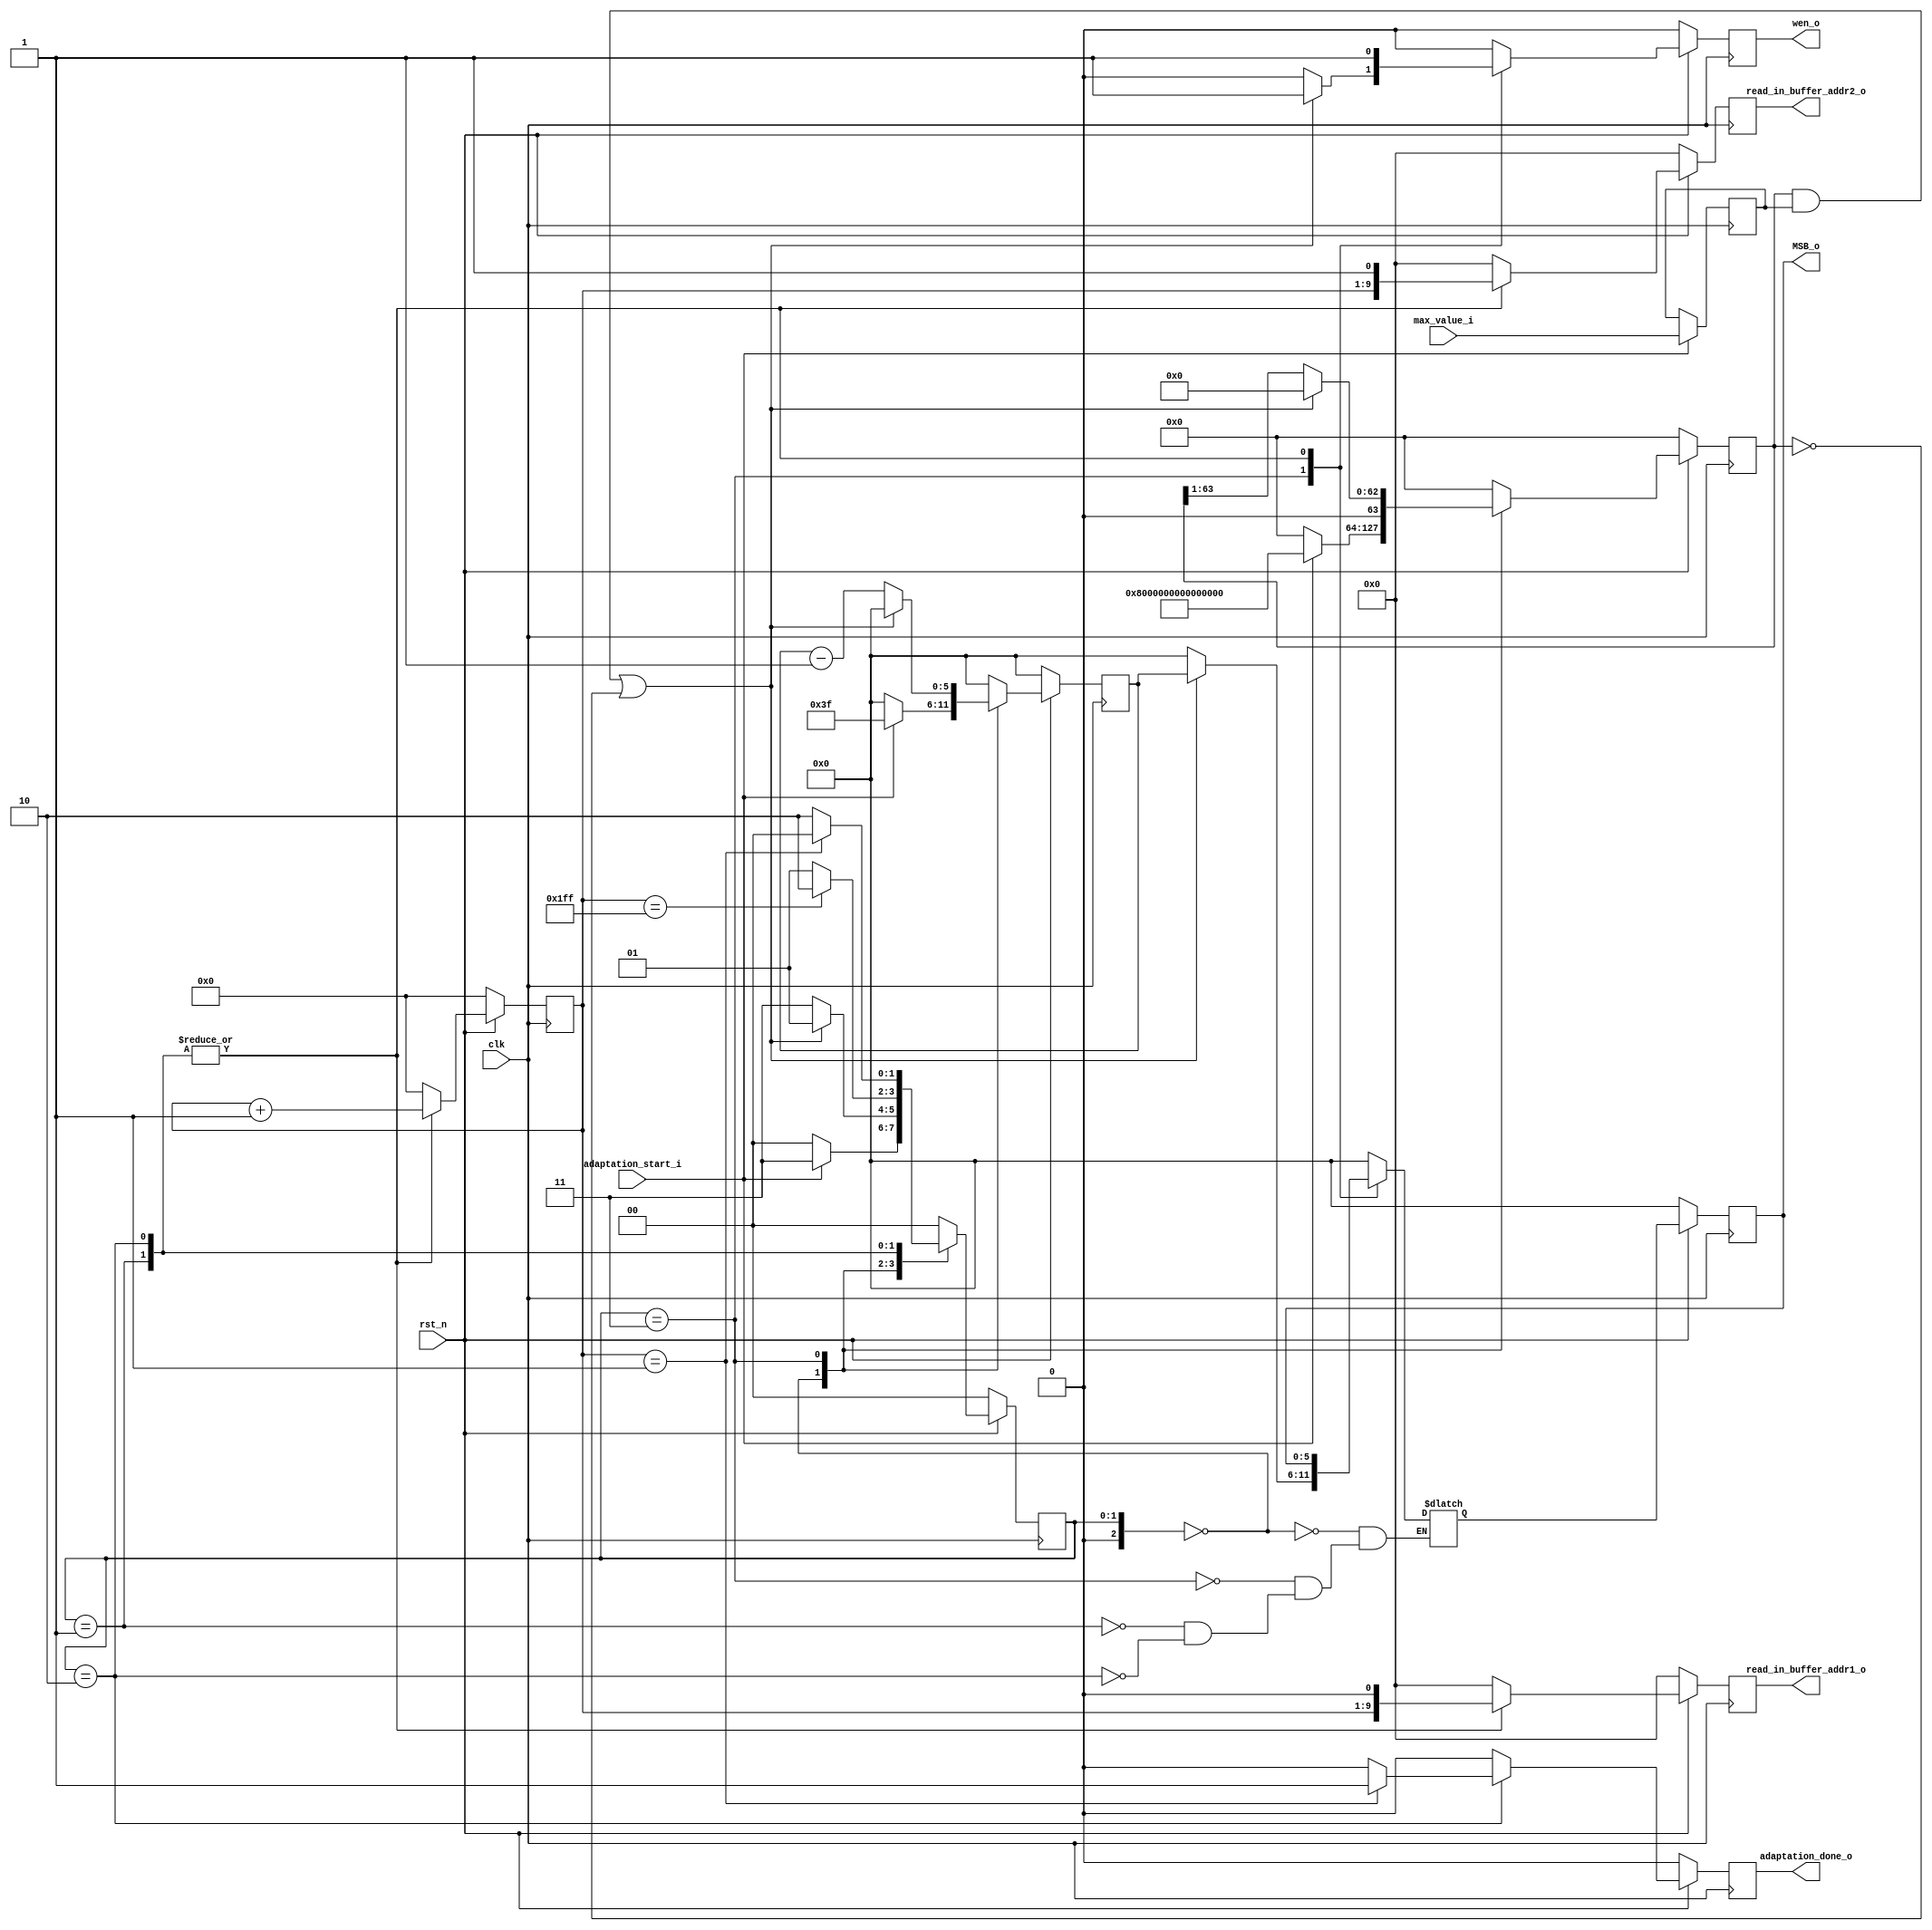
module vga_adapter (
	//input
	clk,
	rst_n,
	adaptation_start_i,
	max_value_i,
	//output
	read_in_buffer_addr1_o,
	read_in_buffer_addr2_o,
	wen_o,
	MSB_o,
	adaptation_done_o
);


input clk;
input adaptation_start_i;
input [63:0] max_value_i;
input rst_n;
output reg [9:0] read_in_buffer_addr1_o;
output reg [9:0] read_in_buffer_addr2_o;
output reg wen_o = 1'b0;
output [5:0] MSB_o;
output reg adaptation_done_o = 1'b0;


localparam s0 = 2'b00, ADAPT = 2'b01, WAIT = 2'b10, SEARCH_MSB = 2'b11;


reg adaptation_done_reg = 1'b0;
reg [63:0] max_value_reg = 64'b0;
reg [63:0] shift;
reg [63:0] shift_next;
reg [5:0] MSB = 6'd0;
reg [5:0] MSB_next = 6'd0;
reg [5:0] n = 6'd0;
reg [5:0] n_next = 6'd0;
reg MSB_found = 1'b0;
reg MSB_found_next = 1'b0;
reg [9:0] read_in_buffer_addr1_reg;
reg [9:0] read_in_buffer_addr2_reg;
reg wen_reg;
reg [2:0] sreg = s0;
reg [2:0] snext = s0;
reg [8:0] j = 9'b0;
reg [8:0] jnext = 9'b0;

assign MSB_o = MSB;


always @ (posedge clk) 
begin
	if(adaptation_start_i) max_value_reg <= max_value_i;
	else max_value_reg <= max_value_reg;
end
	
always @ (posedge clk)
begin
	if(!rst_n) begin
		MSB <= 6'b0;
		MSB_found <= 1'b0;
		read_in_buffer_addr1_o <= 10'b0;
		read_in_buffer_addr2_o <= 10'b0;
		adaptation_done_o <= 1'b0;
		j <= 9'b0;
		sreg <= s0;
		wen_o <= 1'b0;
		shift <= 64'b0;
		n <= 6'b0;
	end else begin
		MSB <= MSB_next;
		MSB_found <= MSB_found_next;
		read_in_buffer_addr1_o <= read_in_buffer_addr1_reg;
		read_in_buffer_addr2_o <= read_in_buffer_addr2_reg;
		adaptation_done_o <= adaptation_done_reg;
		j <= jnext;
		sreg <= snext;
		wen_o <= wen_reg;
		shift <= shift_next;
		n <= n_next;
	end
end


always @ (sreg or MSB_found or j or max_value_reg or MSB or adaptation_start_i or shift or n) 
begin
	adaptation_done_reg = 1'b0;
	case(sreg)
		s0 : begin
			n_next = 6'b0;
			shift_next = 64'd0;
			jnext = 9'b0;
			read_in_buffer_addr1_reg = 10'b0;
			read_in_buffer_addr2_reg = 10'b0;
			wen_reg = 1'b0;
			MSB_next = 1'b0;
			MSB_found_next = 1'b0;
			if(adaptation_start_i) 
			begin
				snext = SEARCH_MSB;
				n_next = 6'd63;
				shift_next = 64'h8000000000000000;
			end
			else snext = s0;
		end
		
		SEARCH_MSB : begin
			if((shift & max_value_reg) || (shift == 64'd0))
			begin
				MSB_next = n;
				snext = ADAPT;
				n_next = 6'b0;
				shift_next = 64'b0;
				MSB_found_next = 1'b1;
				wen_reg = 1'b1;
			end
			else
			begin
				MSB_next = 6'b0;
				snext = SEARCH_MSB;
				n_next = n - 1'b1;
				shift_next = (shift >> 1);
				MSB_found_next = 1'b0;
				wen_reg = 1'b0;
			end
			jnext = 9'b0;
			read_in_buffer_addr1_reg = 10'b0;
			read_in_buffer_addr2_reg = 10'b0;
		end 
		
		ADAPT : begin
			shift_next = 64'd0;
			n_next = 6'b0;
			MSB_next = MSB;
			MSB_found_next = 1'b1;
			wen_reg = 1'b1;
			jnext = j + 1'b1;
			read_in_buffer_addr1_reg = {j,1'b0}; // indirizzi progressivi
			read_in_buffer_addr2_reg = {j,1'b1};
			if(j == 9'd511) snext = WAIT;
			else snext = ADAPT;
		end
		
		WAIT : begin
			shift_next = 64'd0;
			n_next = 6'b0;
			MSB_next = MSB;
			MSB_found_next = 1'b1;
			wen_reg = 1'b1;
			jnext = j + 1'b1;
			read_in_buffer_addr1_reg = {j,1'b0}; // per avere indirizzi diversi
			read_in_buffer_addr2_reg = {j,1'b1};
			if(j == 9'd1) begin
				snext = s0;
				adaptation_done_reg = 1'b1;
			end
			else snext = WAIT;
		end
		
		default : begin
			shift_next = 64'd0;
			n_next = 6'd0;
			jnext = 9'b0;
			read_in_buffer_addr1_reg = 10'b0;
			read_in_buffer_addr2_reg = 10'b0;
			wen_reg = 1'b0;
			snext = s0;
		end
	endcase
end
	


	
endmodule